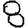
Digit: 8